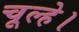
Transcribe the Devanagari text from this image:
चूल्हे।